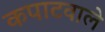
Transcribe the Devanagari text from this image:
कपाटवाले